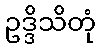
ဥဒ္ဒိသိတုံ